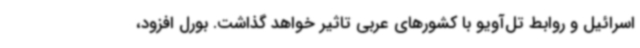
اسرائیل و روابط تل‌آویو با کشورهای عربی تاثیر خواهد گذاشت. بورل افزود،